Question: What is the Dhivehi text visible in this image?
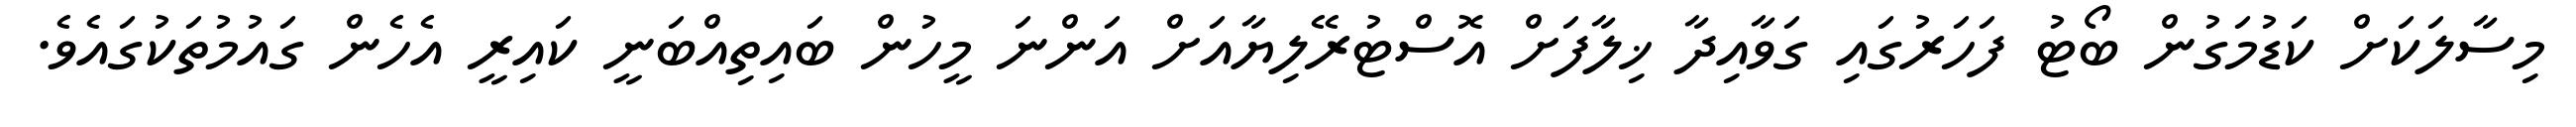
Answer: މިސާލަކަށް ކަޑުމަގުން ބޯޓު ފަހަރުގައި ގަވާއިދާ ޚިލާފަށް އޮސްޓުރޭލިޔާއަށް އަންނަ މީހުން ބައިތިއްބަނީ ކައިރީ އެހެން ގައުމުތަކުގައެވެ.